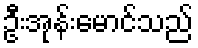
ဦးအုန်းမောင်သည်